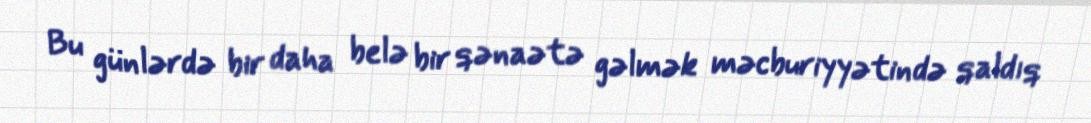
Bu günlərdə bir daha belə bir qənaətə gəlmək məcburiyyətində qaldıq